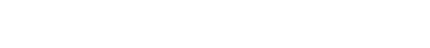
ဥဂ္ဂဏှာပေယျ ဝါ၊ သူတပါးကိုလည်း ယူစေငြားအံ့။